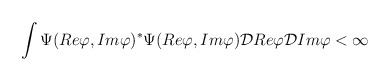
\begin{align*}\int\Psi(Re\varphi, Im\varphi)^\ast\Psi(Re\varphi, Im\varphi){\cal D}Re\varphi{\cal D}Im\varphi < \infty\end{align*}